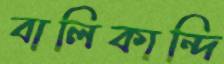
বালিকান্দি